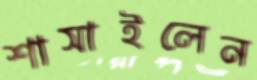
শাসাইলেন